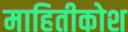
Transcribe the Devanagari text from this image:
माहितीकोश